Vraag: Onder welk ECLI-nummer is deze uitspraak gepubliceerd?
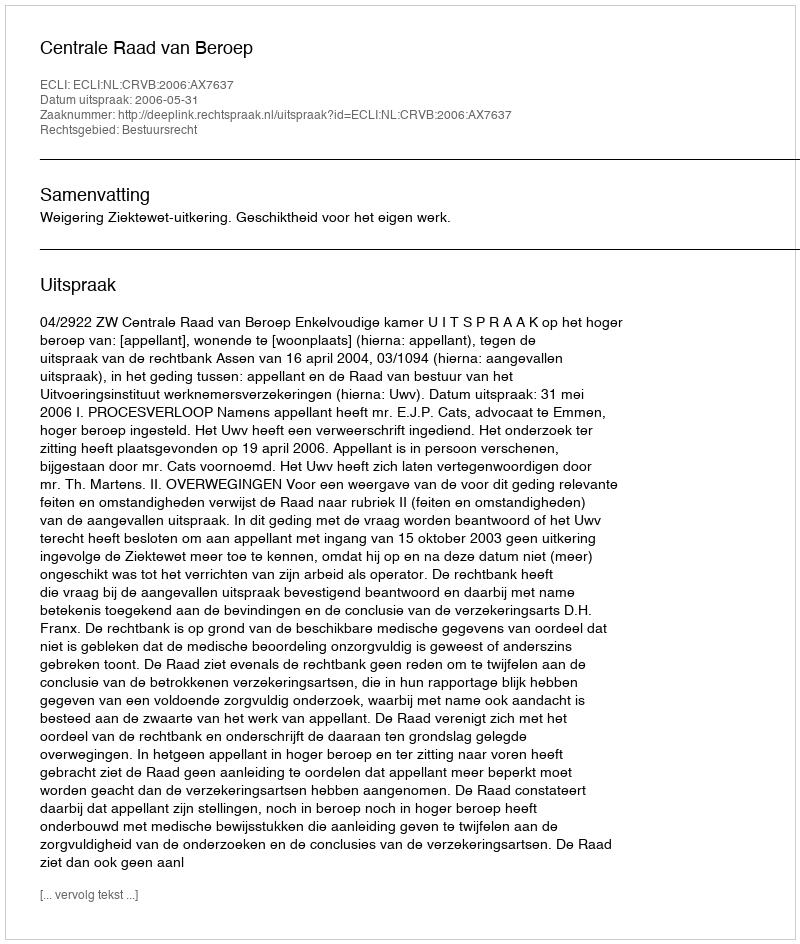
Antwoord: ECLI:NL:CRVB:2006:AX7637